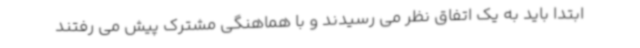
ابتدا باید به یک اتفاق نظر می رسیدند و با هماهنگی مشترک پیش می رفتند